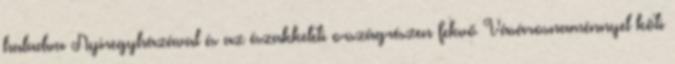
haladva Nyíregyházával és az északkeleti országrészen fekvő Vásárosnaménnyel köti